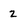
Character: 2